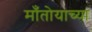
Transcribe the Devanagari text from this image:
माँतोयाच्या